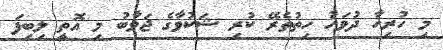
މި ހުރިހާ ދުވަހު ހިތުތެރޭ ކުރި ޝަކުވާގެ ޖަވާބު މި އޮތީ ލިބިފަ